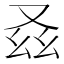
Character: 𠬾